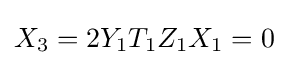
X_{3}=2Y_{1}T_{1}Z_{1}X_{1}=0